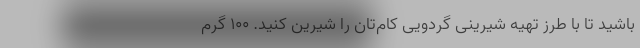
باشید تا با طرز تهیه شیرینی گردویی کام‌تان را شیرین کنید. ۱۰۰ گرم